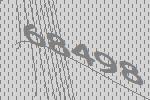
68498